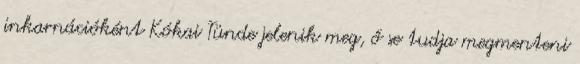
inkarnációként Kókai Tünde jelenik meg, ő se tudja megmenteni